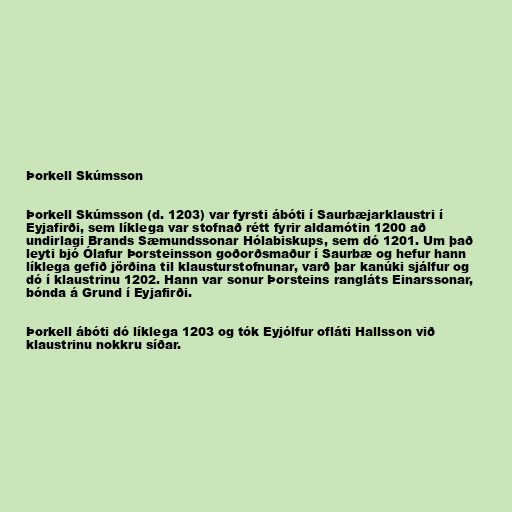
Þorkell Skúmsson

Þorkell Skúmsson (d. 1203) var fyrsti ábóti í Saurbæjarklaustri í
Eyjafirði, sem líklega var stofnað rétt fyrir aldamótin 1200 að
undirlagi Brands Sæmundssonar Hólabiskups, sem dó 1201. Um það
leyti bjó Ólafur Þorsteinsson goðorðsmaður í Saurbæ og hefur hann
líklega gefið jörðina til klausturstofnunar, varð þar kanúki sjálfur og
dó í klaustrinu 1202. Hann var sonur Þorsteins rangláts Einarssonar,
bónda á Grund í Eyjafirði.

Þorkell ábóti dó líklega 1203 og tók Eyjólfur ofláti Hallsson við
klaustrinu nokkru síðar.